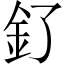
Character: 釕